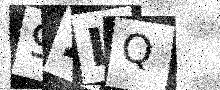
Text: 92LQ